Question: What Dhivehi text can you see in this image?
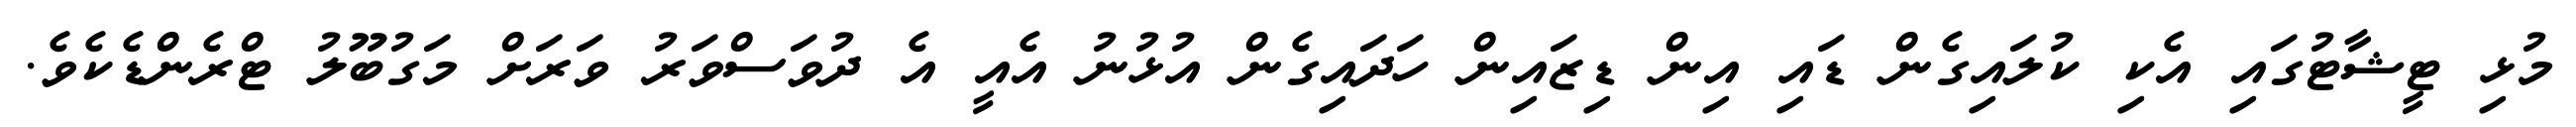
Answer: މުޅި ޓީޝާޓުގައި އެކި ކުލައިގެން ޑައި އިން ޑިޒައިން ހަދައިގެން އުޅުނު އެއީ އެ ދުވަސްވަރު ވަރަށް މަގުބޫލު ޓްރެންޑެކެވެ.